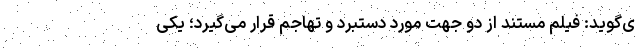
ی‌گوید: فیلم مستند از دو جهت مورد دستبرد و تهاجم قرار می‌گیرد؛ یکی